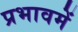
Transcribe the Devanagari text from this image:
प्रभावमें